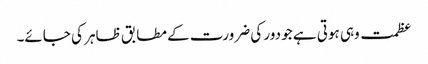
عظمت وہی ہوتی ہے جو دور کی ضرورت کے مطابق ظاہر کی جائے۔